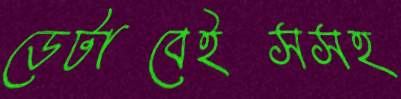
ডেটাবেইসসহ